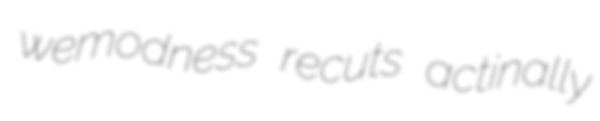
wemodness recuts actinally